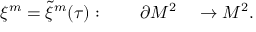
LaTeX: \xi ^ { m } = { \tilde { \xi } } ^ { m } ( \tau ) : \qquad \partial { \cal M } ^ { 2 } \quad \rightarrow { { \cal M } } ^ { 2 } .